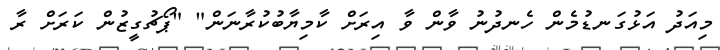
މިއަދު އަޅުގަނޑުމެން ހެނދުނު ވާން ވާ އިރަށް ކާމިޔާބުކުރާނަން" "ޕޯޗުގީޒުން ކަރަށް ރާ